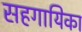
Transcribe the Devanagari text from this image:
सहगायिका